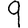
Digit: 9